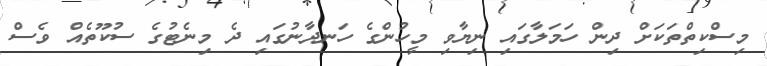
މިސްކިތްތަކަށް ދިން ހަމަލާގައި ނިޔާވި މީހުންގެ ހަނދާނުގައި ދެ މިނެޓުގެ ސުކޫތެއް ވެސް